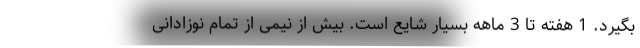
بگیرد. 1 هفته تا 3 ماهه بسیار شایع است. بیش از نیمی از تمام نوزادانی